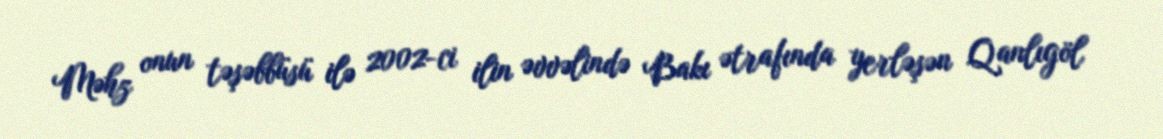
Məhz onun təşəbbüsü ilə 2002-ci ilin əvvəlində Bakı ətrafında yerləşən Qanlıgöl